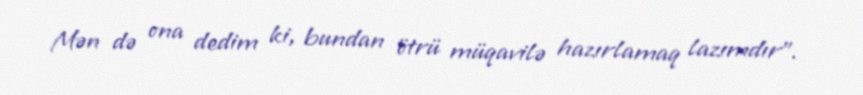
Mən də ona dedim ki, bundan ötrü müqavilə hazırlamaq lazımdır".